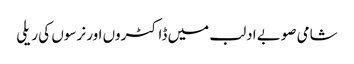
شامی صوبے ادلب میں ڈاکٹروں اور نرسوں کی ریلی